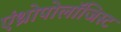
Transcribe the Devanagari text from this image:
एंथ्रोपोलॉजिस्ट